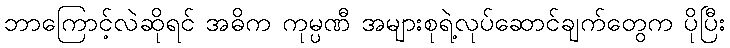
ဘာကြောင့်လဲဆိုရင် အဓိက ကုမ္ပဏီ အများစုရဲ့လုပ်ဆောင်ချက်တွေက ပိုပြီး